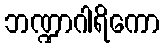
ဘဏ္ဍာဂါရိကော